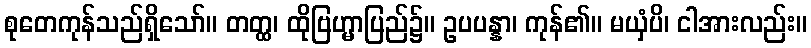
စုတေကုန်သည်ရှိသော်။ တတ္ထ၊ ထိုဗြဟ္မာပြည်၌။ ဥပပန္နာ၊ ကုန်၏။ မယှံပိ၊ ငါအားလည်း။